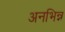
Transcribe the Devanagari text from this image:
अनभिन्न